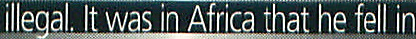
illegal. It was in Africa that he fell in